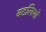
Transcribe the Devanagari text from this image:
बटलियों